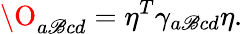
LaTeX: \O_{a\mathscr{B}cd}=\eta^{T}\gamma_{a\mathscr{B}cd}\eta.